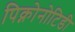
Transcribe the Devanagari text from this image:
पिक्नोनोटिडी